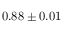
0 . 8 8 \pm 0 . 0 1